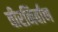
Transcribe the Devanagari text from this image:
वीरनिर्वाण